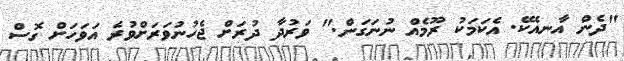
"ދެން އާނއެކޭ. އެކަމަކު ރޫމެއް ނުނަގަން." ވަރުދާ ދުރަށް ޖެހުނުވަރަށްވުރެ އަވަހަށް ގޮސް